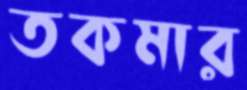
তকমার